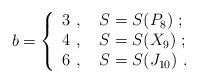
LaTeX: \begin{align*}b =\left\{ \begin{array}{ll} 3 \ , \ & S = S ( P_8 ) \ ; \\ 4 \ , \ & S = S ( X_9 ) \ ; \\ 6 \ , \ & S = S ( J_{10} ) \ .\end{array} \right.\end{align*}